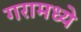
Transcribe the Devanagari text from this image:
गरामध्ये